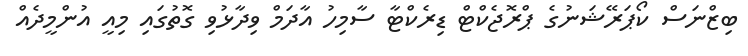
ބިޒްނަސް ކޯޕަރޭޝަނުގެ ޕްރޮޖެކްޓް ޑިރެކްޓާ ސާމިހު އާދަމް ވިދާޅުވި ގޮތުގައި މިއީ އުންމީދެއް